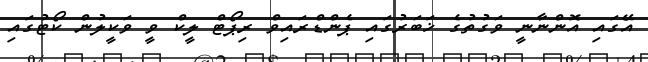
އޭގައި އޮންނާނީ ވަގުތުގެ ޚަބަރުގައި ޕެންޑްރައިވް ރިޕޯޓް ލީކް ވީ ވަކީލުން ކޯޓުގައި